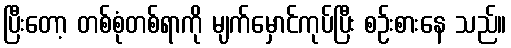
ပြီးတော့ တစ်စုံတစ်ရာကို မျက်မှောင်ကုပ်ပြီး စဉ်းစားနေ သည်။